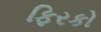
ફિરકો